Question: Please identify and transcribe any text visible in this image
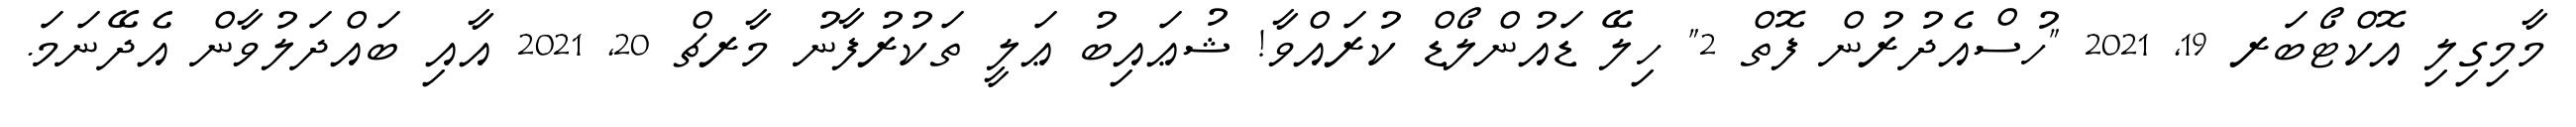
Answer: މާމިގިލި އޮކްޓޯބަރ 19, 2021 "ހުސްއެދުރުން ފޮތް 2" ހިލޭ ޑައުންލޯޑް ކުރައްވާ! ޝުޢައިބު ޢަލީ ތަކުރުފާނު މާރޗް 20, 2021 އާއި ބައްދަލުވާން އެދޭނަމަ.